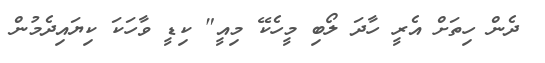
ދެން ހިތަށް އެރީ ހާދަ ލޯބި މީހެކޭ މިއީ" ކިޑީ ވާހަކަ ކިޔައިދެމުން